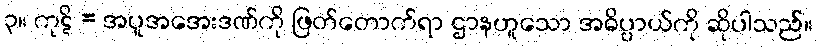
၃။ ကုဋိ = အပူအအေးဒဏ်ကို ဖြတ်တောက်ရာ ဌာနဟူသော အဓိပ္ပာယ်ကို ဆိုပါသည်။